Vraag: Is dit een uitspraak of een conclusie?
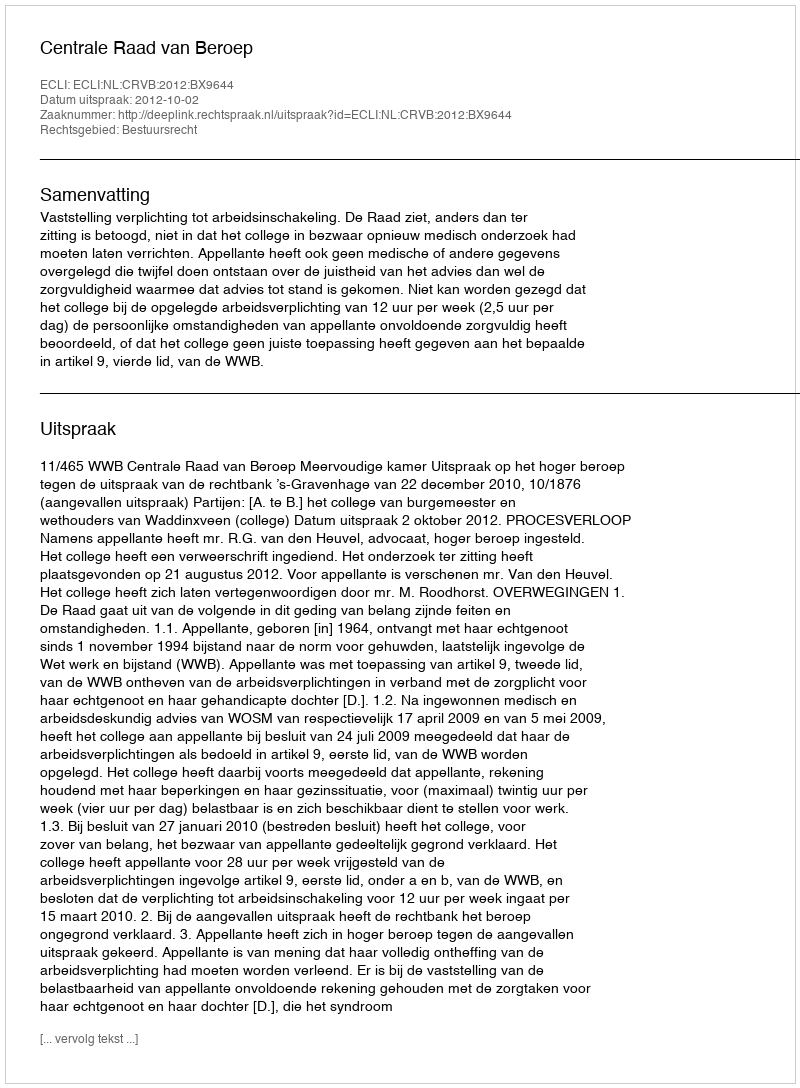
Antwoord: Uitspraak